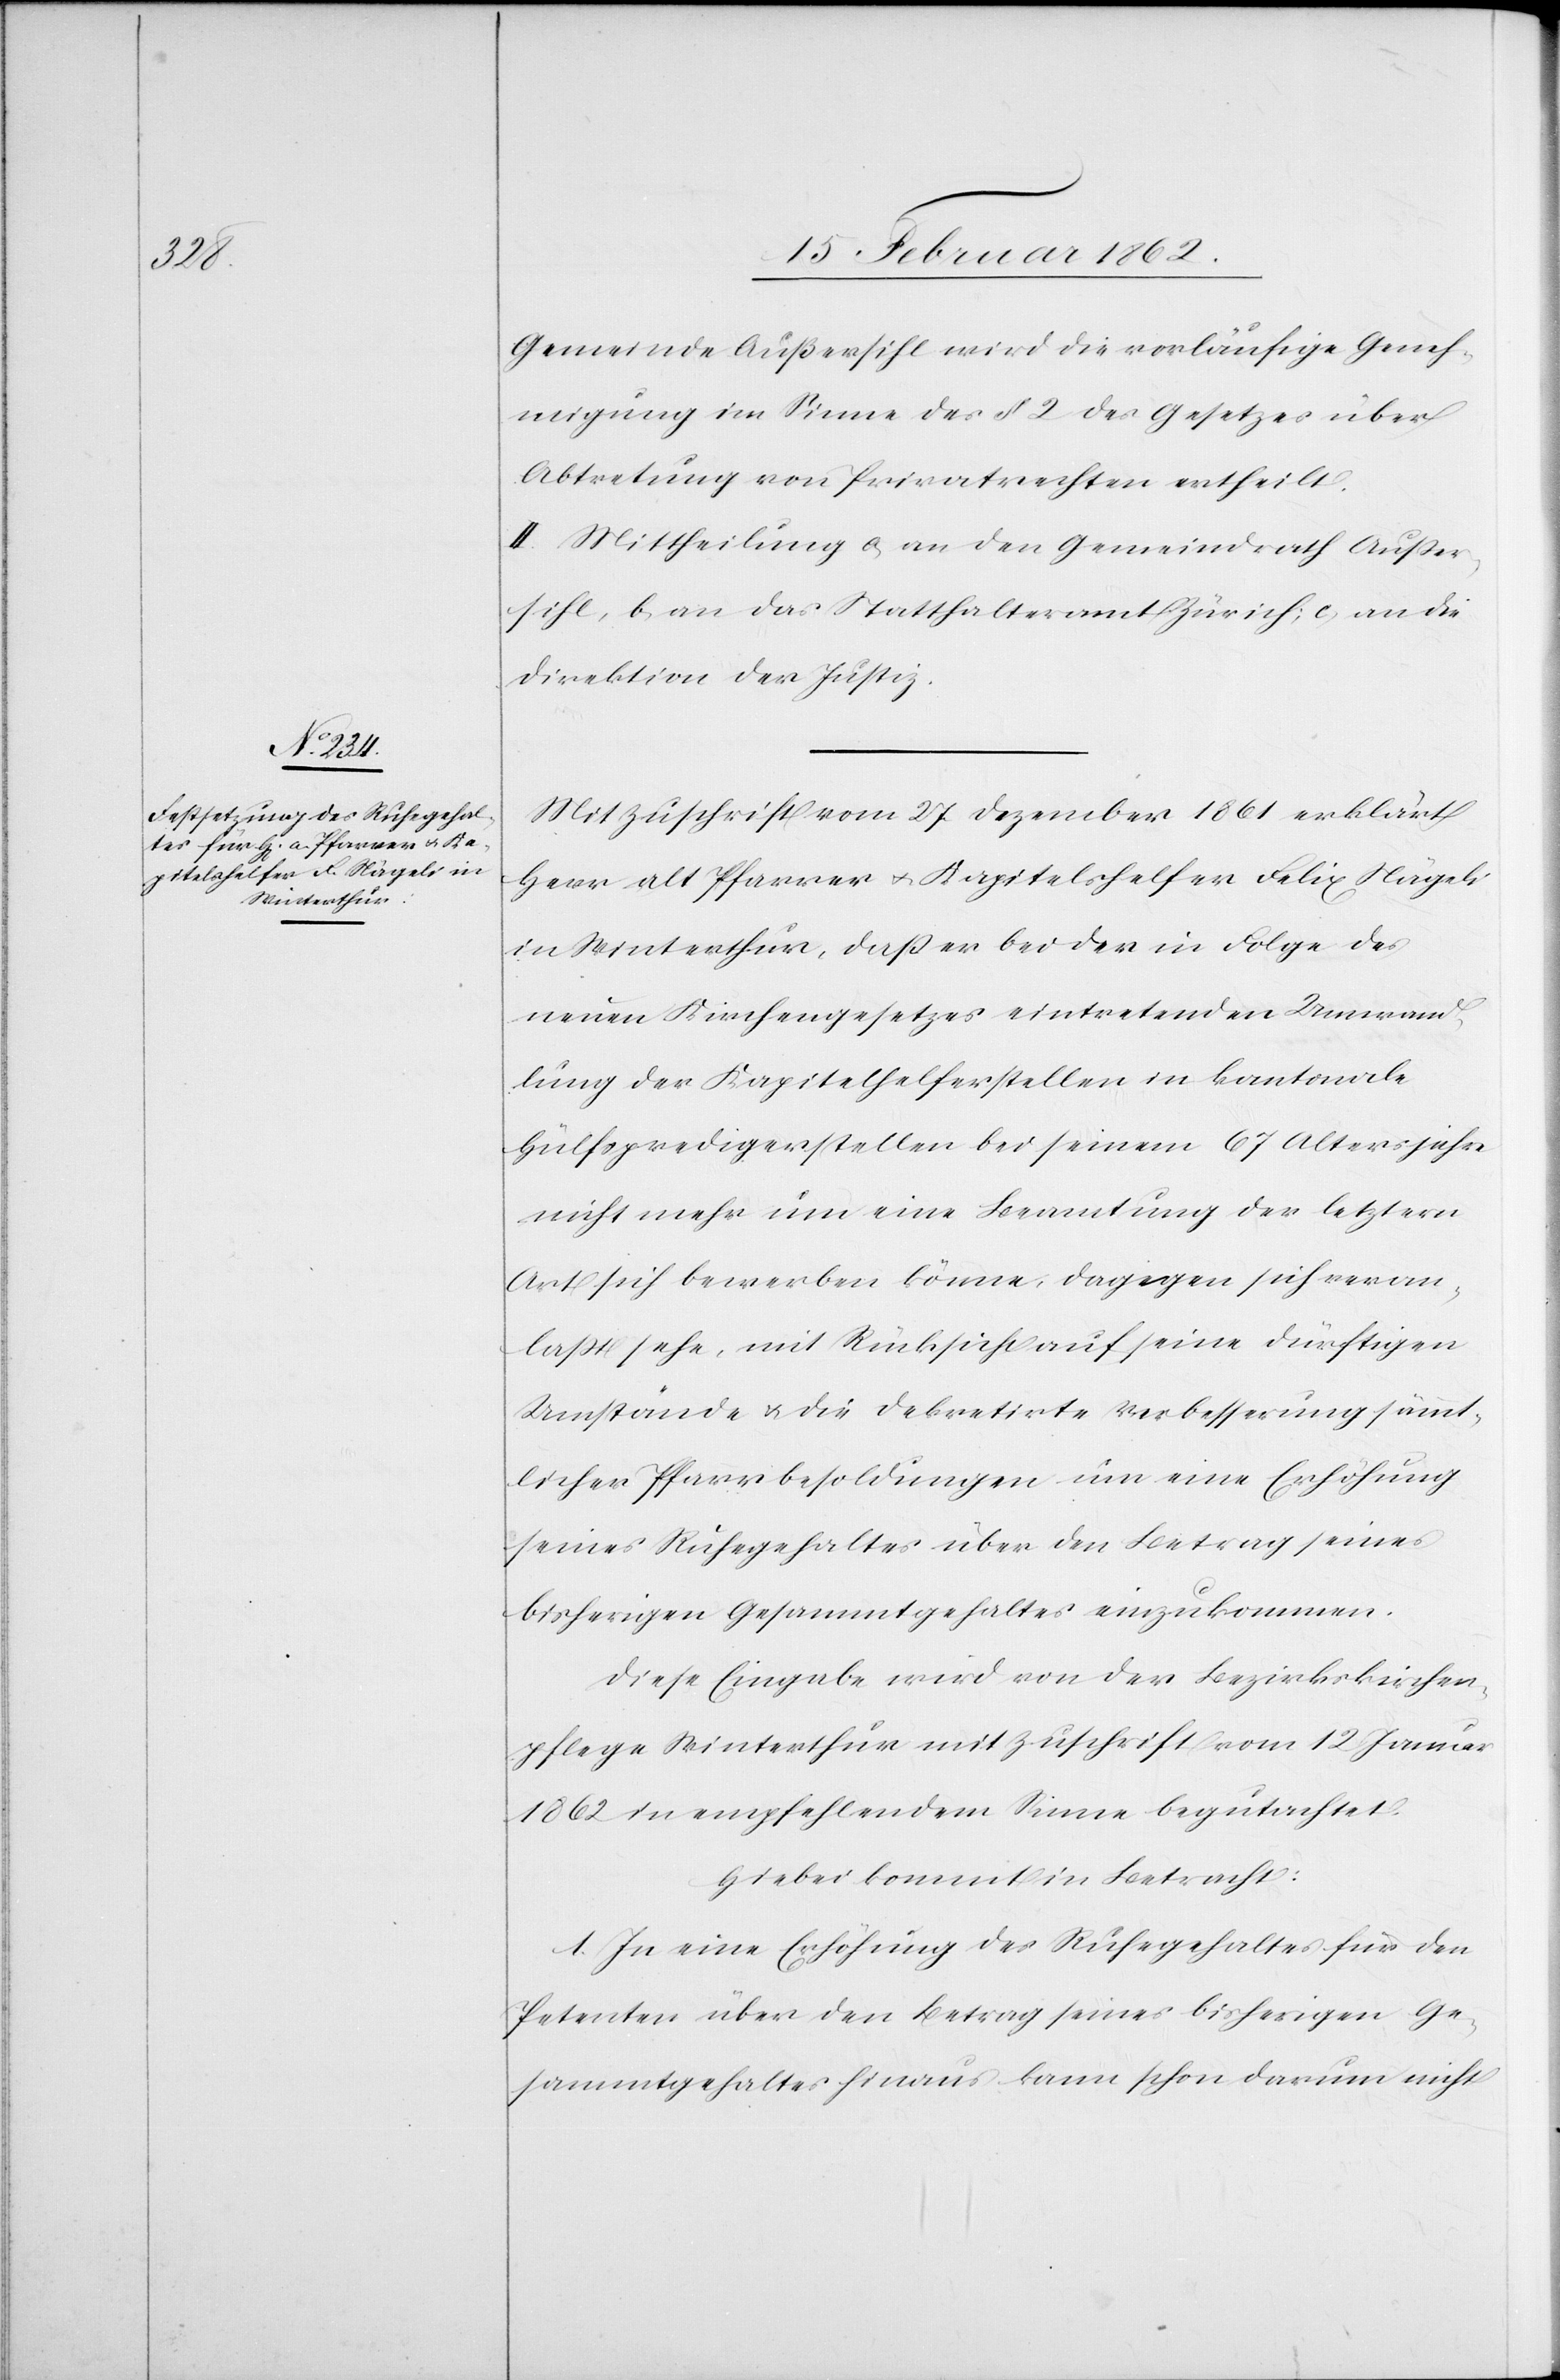
Gemeinde Außersihl wird die vorläufige Geneh¬
migung im Sinne des § 2 des Gesetzes über
Abtretung von Privatrechten ertheilt.
II. Mittheilung a) an den Gemeindrath Außer¬
sihl, b) an das Statthalteramt Zürich; c) an die
Direktion der Justiz.
Mit Zuschrift vom 27 Dezember 1861 erklärt
Herr alt Pfarrer u. Kapitelshelfer Felix Nägeli
in Winterthur, daß er bei der in Folge des
neuen Kirchengesetzes eintretenden Umwand¬
lung der Kapitelhelferstellen in kantonale
Hülfspredigerstellen bei seinem 67 Altersjahr
nicht mehr um eine Beamtung der letztern
Art sich bewerben könne, dagegen sich veran¬
laßt sehe, mit Rücksicht auf seine dürftigen
Umstände u. die dekretirte Verbesserung sämt¬
licher Pfarrbesoldungen um eine Erhöhung
seines Ruhegehaltes über den Betrag seines
bisherigen Gesammtgehaltes einzukommen.
Diese Eingabe wird von der Bezirkskirchen¬
pflege Winterthur mit Zuschrift vom 12 Januar
1862 in empfehlendem Sinne begutachtet.
Hiebei kommt in Betracht:
1. In eine Erhöhung des Ruhegehaltes für den
Petenten über den Betrag seines bisherigen Ge¬
sammtgehaltes hinaus kann schon darum nicht